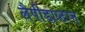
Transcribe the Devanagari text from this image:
लैपीडाप्टरन